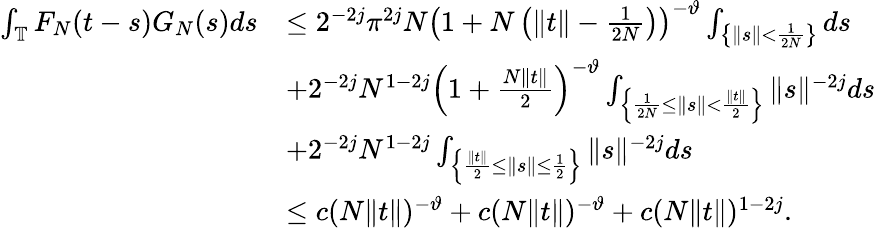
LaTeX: \begin{array}{rl}{\int_{\mathbb{T}}F_{N}(t-s)G_{N}(s)ds}&{\leq 2^{-2j}\pi^{2j}N\left(1+N\left(\Vert t\Vert-\frac{1}{2N}\right)\right)^{-\vartheta}\int_{\left\{ \| s\| <\frac{1}{2N}\right\} }ds}\\ &{+2^{-2j}N^{1-2j}\left(1+\frac{N\Vert t\Vert}{2}\right)^{-\vartheta}\int_{\left\{ \frac{1}{2N}\leq\| s\| <\frac{\Vert t\Vert}{2}\right\} }\Vert s\Vert^{-2j}ds}\\ &{+2^{-2j}N^{1-2j}\int_{\left\{ \frac{\Vert t\Vert}{2}\leq\| s\| \leq\frac{1}{2}\right\} }\Vert s\Vert^{-2j}ds}\\ &{\leq c(N\Vert t\Vert)^{-\vartheta}+c(N\Vert t\Vert)^{-\vartheta}+c(N\Vert t\Vert)^{1-2j}.}\end{array}